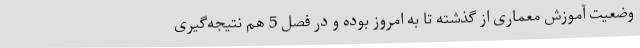
وضعیت آموزش معماری از گذشته تا به امروز بوده و در فصل 5 هم نتیجه‌گیری